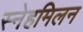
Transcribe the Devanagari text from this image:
स्नेहमिलन